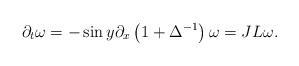
LaTeX: \begin{align*}\partial_{t}\omega=-\sin y\partial_{x}\left( 1+\Delta^{-1}\right)\omega=JL\omega. \end{align*}